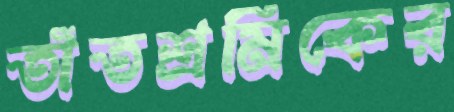
তাঁতশ্রমিকের